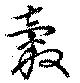
糓